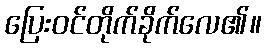
ပြေးဝင်တိုက်ခိုက်လေ၏။